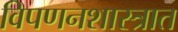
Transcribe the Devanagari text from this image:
विपणनशास्त्रात